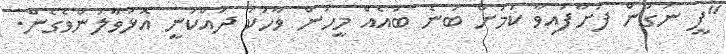
"ފީ ނަގަން ފަށާފައިވާ ކަމަށް ބުނެ ބައެއް މީހުން ވާހަކަ ދައްކަނީ އޮޅުވާލަންވެގެން.